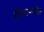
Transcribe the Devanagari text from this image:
विचारावेत